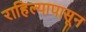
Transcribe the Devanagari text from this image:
राहिल्यापासून